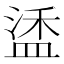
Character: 𬐦